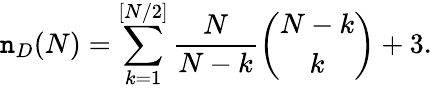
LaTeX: \mathtt{n}_{D}(N)=\sum_{k=1}^{[N/2]}\frac{{N}}{{N-k}}\left(\begin{array}{c}{{N-k}}\\ {{k}}\end{array}\right)+3.